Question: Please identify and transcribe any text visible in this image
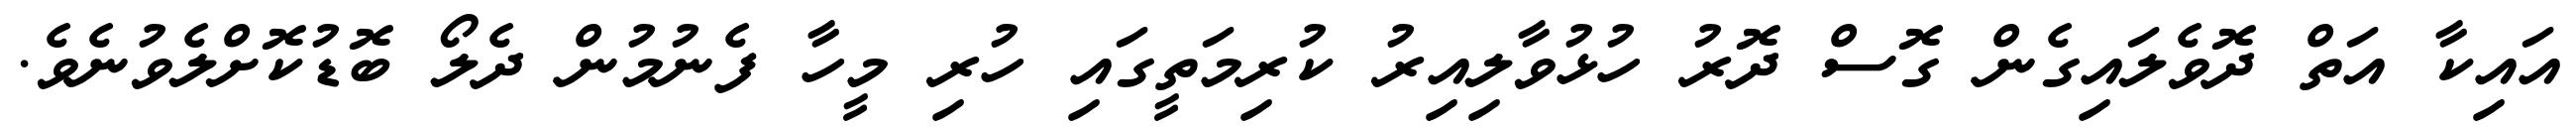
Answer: އައިކާ އަތް ދޮވެލައިގެން ގޮސް ދޮރު ހުޅުވާލިއިރު ކުރިމަތީގައި ހުރި މީހާ ފެނުމުން ދެލޯ ބޮޑުކޮށްލެވުނެވެ.